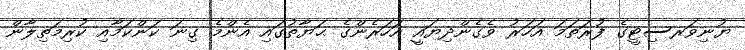
ޔުނިވަރސިޓީގެ ފުރަތަމަ އަހަރު ވެގެންދިޔައީ އަހަރެންގެ ޙަޔާތުގައި އެންމެ ގިނަ ކަންކަމާއި ކުރިމަތިލާން